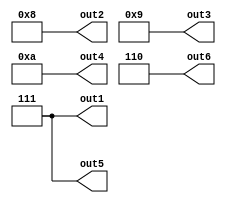
module tuple_gld (
  output [2:0] out1,
  output [3:0] out2,
  output [3:0] out3,
  output [3:0] out4,
  output [2:0] out5,
  output [2:0] out6
);

assign out1 = 3'd7;
assign out2 = 4'd8;
assign out3 = 4'd9;
assign out4 = 4'd10;
assign out5 = 3'd7;
assign out6 = 3'd6;

endmodule